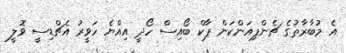
އެ މުބާރާތުގެ ޗެންޕިއަންކަން ޕާކް ބޯއިސް ހޯދީ އިއްޔެ ހަވީރު އެޗްޑިސީ ވޮލީ